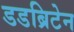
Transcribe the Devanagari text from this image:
डडब्रिटेन